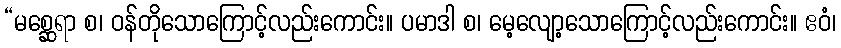
“မစ္ဆေရာ စ၊ ဝန်တိုသောကြောင့်လည်းကောင်း။ ပမာဒါ စ၊ မေ့လျော့သောကြောင့်လည်းကောင်း။ ဧဝံ၊